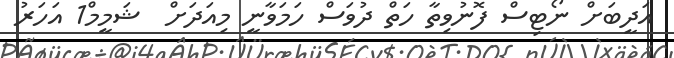
އަދީބަށް ނޯޓިސް ފޮނުވިތާ ހަތް ދުވަސް ހަމަވާނީ މިއަދަށް  ޝަމީމް1 އަހަރު